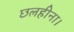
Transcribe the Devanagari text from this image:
छलहीना।